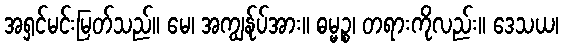
အရှင်မင်းမြတ်သည်။ မေ၊ အကျွန်ုပ်အား။ ဓမ္မဉ္စ၊ တရားကိုလည်း။ ဒေသယ၊